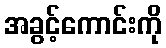
အခွင့်ကောင်းကို